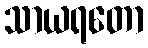
သာယရတော